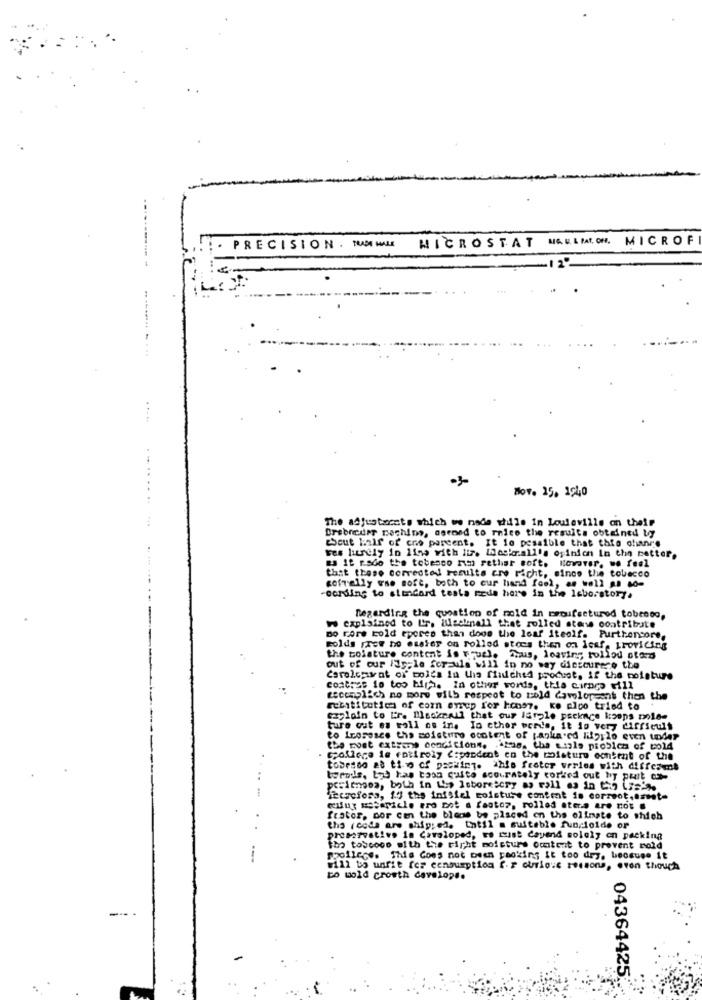
MICROSTAT MAULIION. MICROF
PRECISION . TRAN MALL
Bov. 15. 1940
The adjustments which we nada while in Louisville on their
Drsbreder pechino, aseosd to rnice the results obtained by
Sout half of cno parent. It lo possible that this chance
ves litrely in line with itr. Whoskr.all's opinion in the better.
ES It rado the tobesco mim rethar soft. Kovaver, we feel
that these corrected results are richt, since the tobacco
seffelly wse soft, both to cur hand fool, as well as no-
cording to standard testa rede here in the laboratory.
Regarding the question of mold in proifseturod tobrood,
explained to Ir, ilselenall that rolled stanse contribute
Bo Fore told eperes than doos the leaf iteolf. Purthencore,
Folds free no esster on rolled stocs then on icaf. Lrovicing
the moisture content is rquel. Thus, leaving tollod ofa:d
out of our Fig;le for-ula will in no way dictcureze the
Carolesvat of polea lu tha fluchtd produst, if the moisture
contres io too Hih. In other words, this cirnro will
secomplich no more with respect to wold dawolorsent then the
substitution of corn errup for honor. ke pico tried to
szylain to Er. Bleskmail that our lar le packnce koops pole-
ture out es roll os ine Ia cther perde, it is very difficult
to trosssce the moisture content of packared ligste even under
College is rotiroly C:pendent en the Misture contrat of the
tobesco as the of packing. this fester werles with differml
trods, byg has toon cuite accurately corked out by part ca-
perimages, both in the laboratory as Fall as in the (site
itcrefers, 19 the infiel moisture content is correot.esest-
wufug uecariche ero bot a factor, rolled ateca are not .
frater, por cen the blece be placed on the olinate to shich
tha (code are shipped. thtil a suitable funcioide or
proactvativo is Cavaloped, Es rust Cayend solely on packing
tho toscose with the right moisturs omatent to prevent mold
rpollece. This does not been cooking it too dry, because it
will bo unfit fer consumption [. P curio"e reason, even though
to wold crosth develops.
04364425